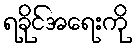
ရခိုင်အရေးကို